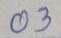
03